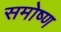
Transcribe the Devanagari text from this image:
समोष्ण